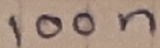
Text: 100n